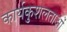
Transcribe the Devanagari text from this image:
कार्यकुशलताओं